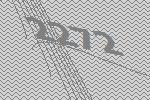
2272